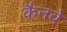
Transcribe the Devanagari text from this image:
कैनवे